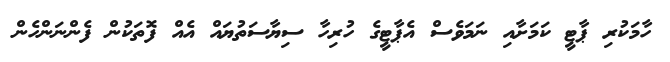
ހާމަކުރި ޕާޓީ ކަމަށާއި ނަމަވެސް އެޕާޓީގެ ހުރިހާ ސިޔާސަތުޔައް އެއް ފޮތަކުން ފެންނަންހެން